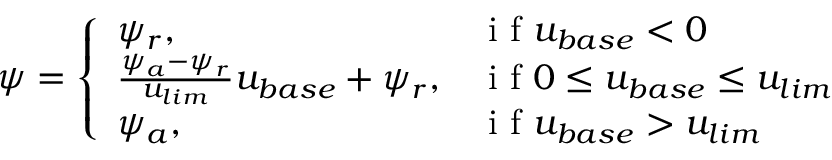
\psi = \left\{ \begin{array} { l l } { \psi _ { r } , } & { \mathrm { ~ i ~ f ~ } u _ { b a s e } < 0 } \\ { \frac { \psi _ { a } - \psi _ { r } } { u _ { l i m } } u _ { b a s e } + \psi _ { r } , } & { \mathrm { ~ i ~ f ~ } 0 \leq u _ { b a s e } \leq u _ { l i m } } \\ { \psi _ { a } , } & { \mathrm { ~ i ~ f ~ } u _ { b a s e } > u _ { l i m } } \end{array} \right.